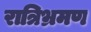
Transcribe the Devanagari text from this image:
रात्रिभ्रमण